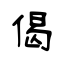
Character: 偈